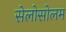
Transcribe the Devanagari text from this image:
सेलोसोलम